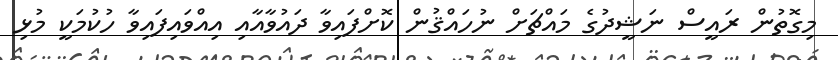
މިގޮތުން ރައީސް ނަޝީދުގެ މައްޗަށް ނުހައްޤުން ކޮށްފައިވާ ދައުވާއާއި އިއްވައިފައިވާ ހުކުމަކީ މުޅި